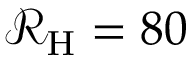
\mathcal { R } _ { \mathrm { H } } = 8 0 ~ \